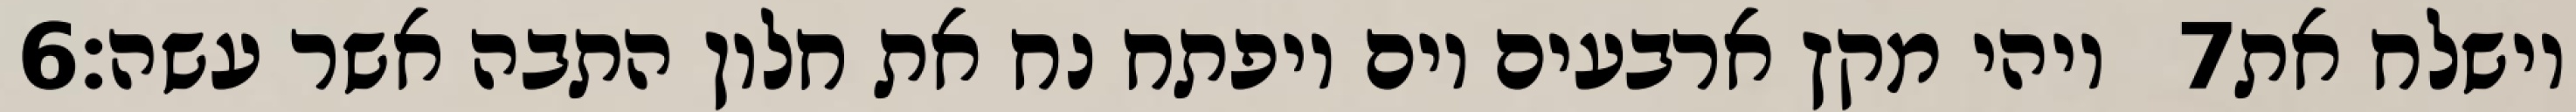
‎6‏ ויהי מקץ ארבעים יום ויפתח נח את חלון התבה אשר עשה׃ ‎7‏ וישלח את